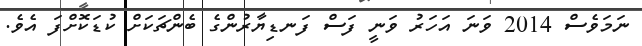
ނަމަވެސް 2014 ވަނަ އަހަރު ވަނީ ފަސް ފަނޑިޔާރުންގެ ބެންޗަކަށް ކުޑަކޮށްފަ އެވެ.